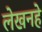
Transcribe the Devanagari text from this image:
लेखनहे